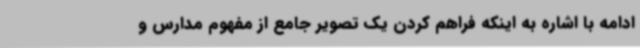
ادامه با اشاره به اینکه فراهم کردن یک تصویر جامع از مفهوم مدارس و